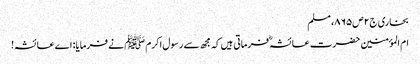
بخاری ج۲ص۸۶۵، مسلم
ام المؤمنین حضرت عائشہؓ فرماتی ہیں کہ مجھ سے رسول اکرم ﷺ نے فرمایا: اے عائشہ!